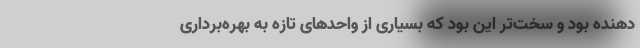
دهنده بود و سخت‌تر این بود که بسیاری از واحدهای تازه به بهره‌برداری